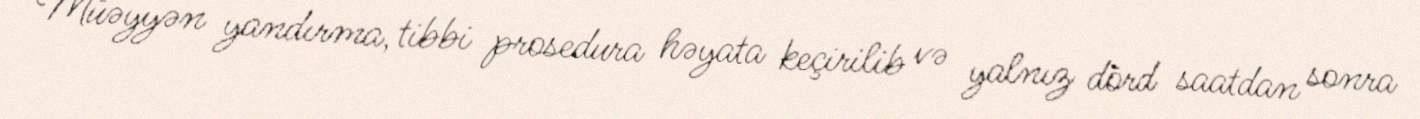
Müəyyən yandırma, tibbi prosedura həyata keçirilib və yalnız dörd saatdan sonra